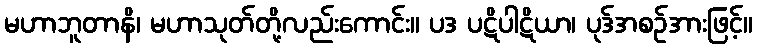
မဟာဘူတာနိ၊ မဟာသုတ်တို့လည်းကောင်း။ ပဒ ပဋိပါဋိယာ၊ ပုဒ်အစဉ်အားဖြင့်။